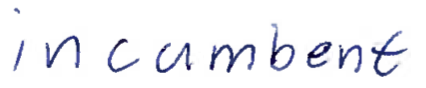
Text: incumbent
Cross-out: clean
Writing tool: ballpoint